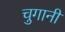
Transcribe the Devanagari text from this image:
चुगानी